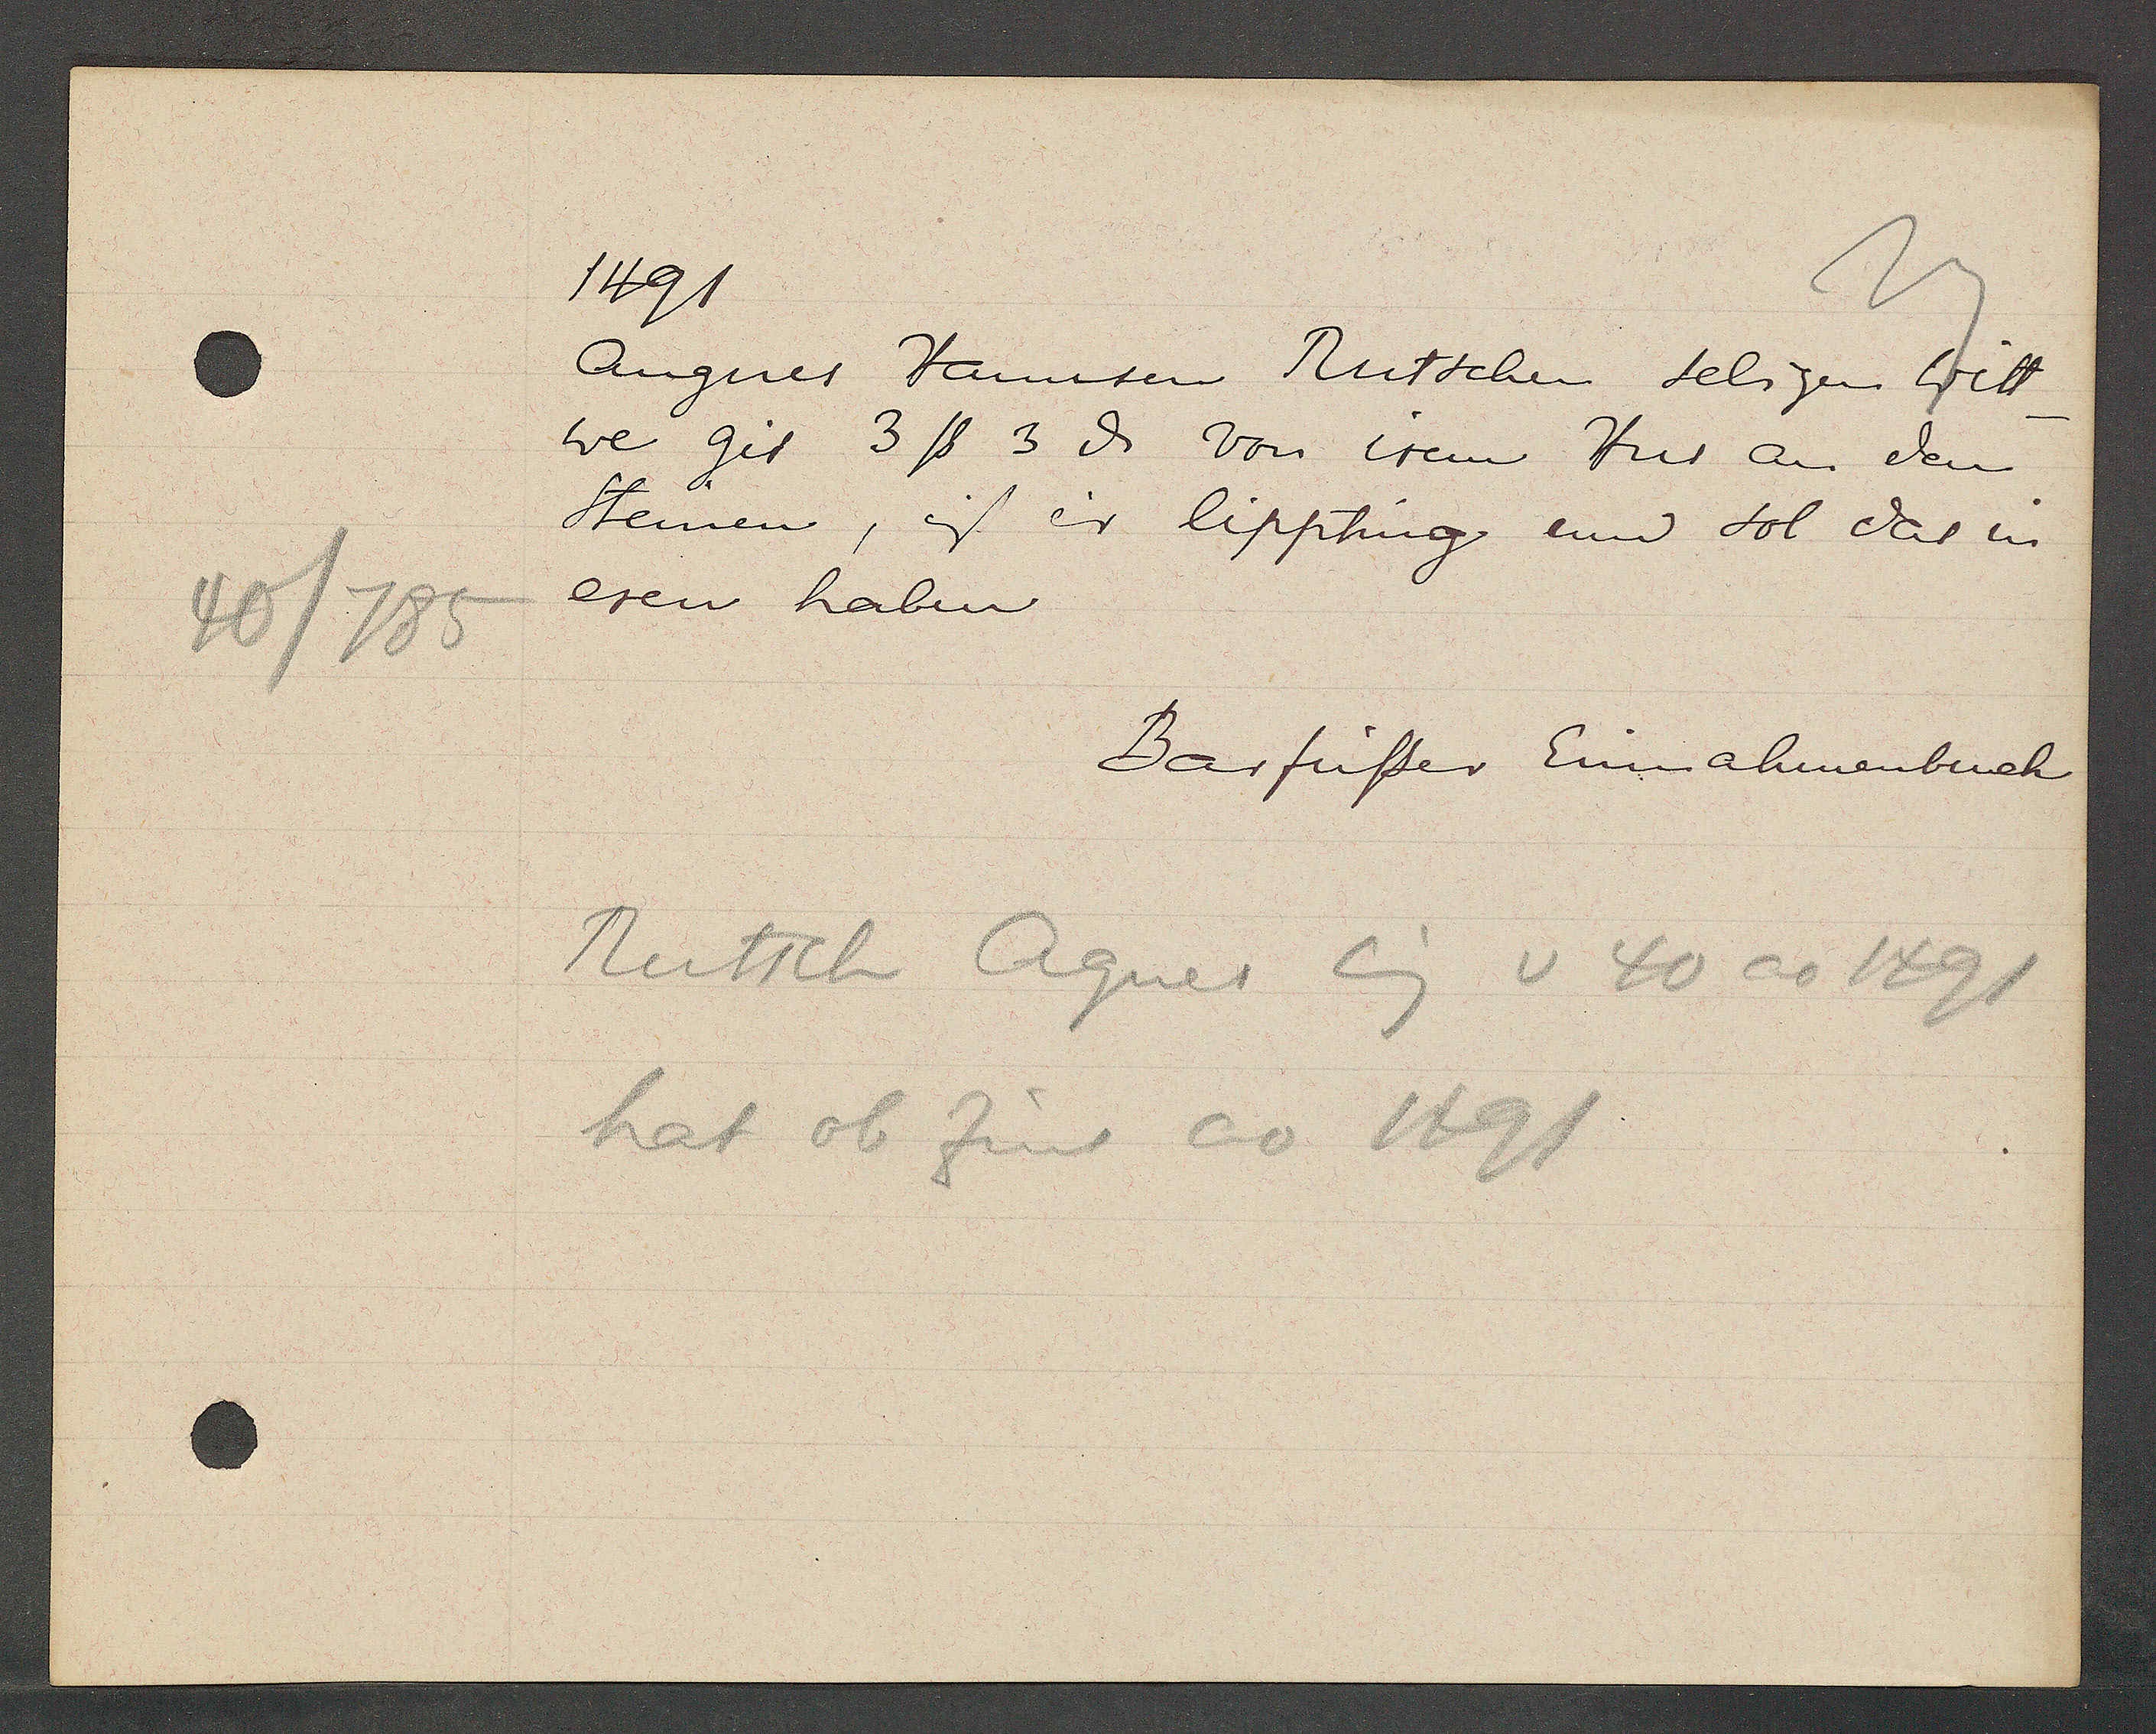
Transcript:
40/785

1491

Angnes Hannsen Rutschen seligen Witt¬
we git 3ß 3ȡ von irem Hus an den
Steinen, ist ein lippting und sol das in
eren haben

Barfüsser Einnahmenbuch

Rutsch Agnes Eig v 40 ao 1491
hat ob Zins ao 1491